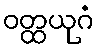
ဝတ္ထယုဂံ